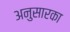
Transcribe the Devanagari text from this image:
अनुसारका